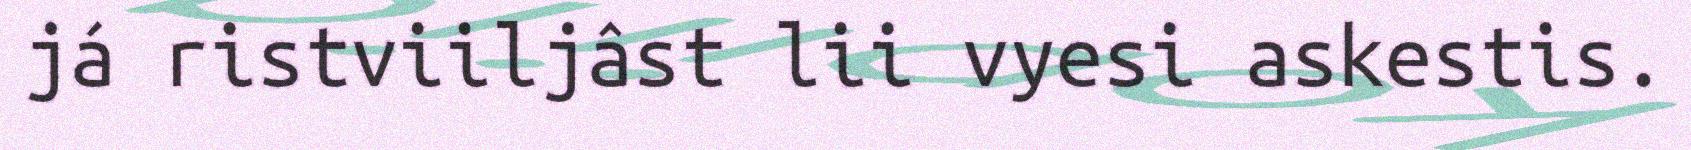
já ristviiljâst lii vyesi askestis.